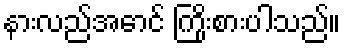
နားလည်အောင် ကြိုးစားပါသည်။